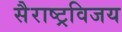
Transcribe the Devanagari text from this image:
सैराष्ट्रविजय